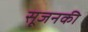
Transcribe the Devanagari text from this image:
सूजनकी